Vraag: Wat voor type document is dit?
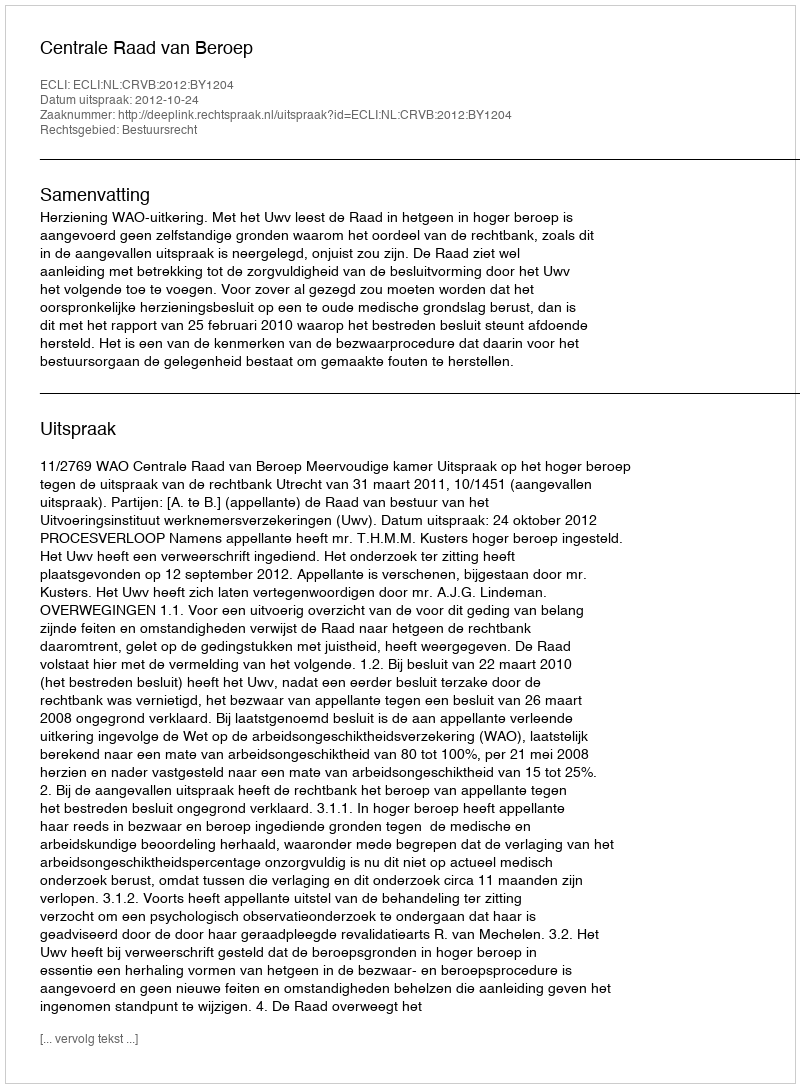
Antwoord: Uitspraak